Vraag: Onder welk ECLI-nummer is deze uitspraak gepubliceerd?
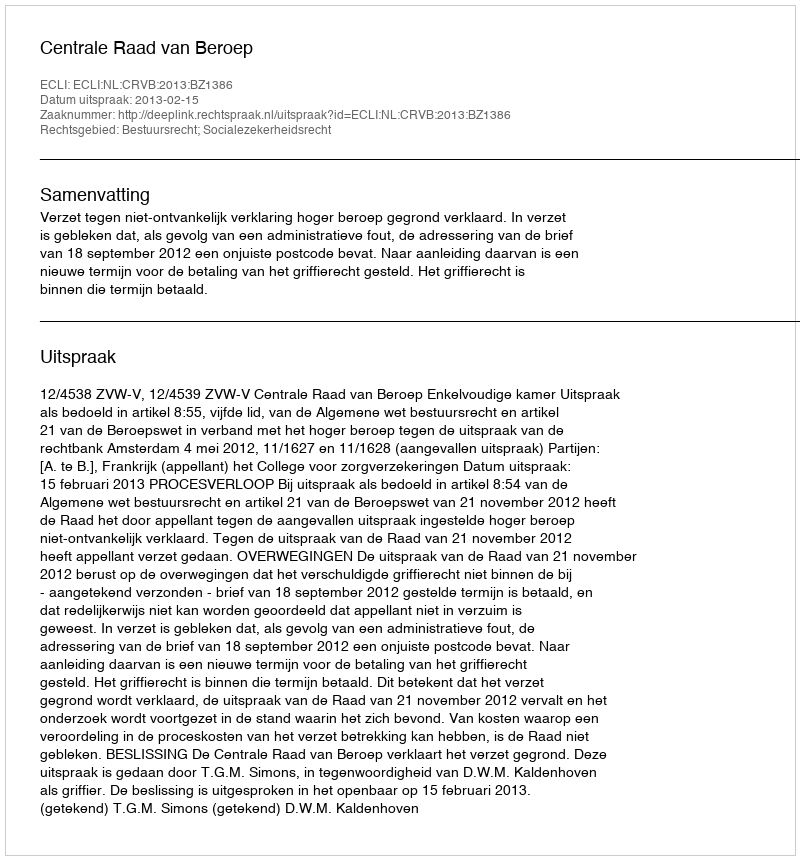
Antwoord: ECLI:NL:CRVB:2013:BZ1386